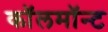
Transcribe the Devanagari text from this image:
कॉलमॉन्ट